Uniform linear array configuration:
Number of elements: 4
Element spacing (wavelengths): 0.5
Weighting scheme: cosine
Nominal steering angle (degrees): -60
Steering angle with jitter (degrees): -61.001
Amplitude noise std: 0.05
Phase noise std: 0.05

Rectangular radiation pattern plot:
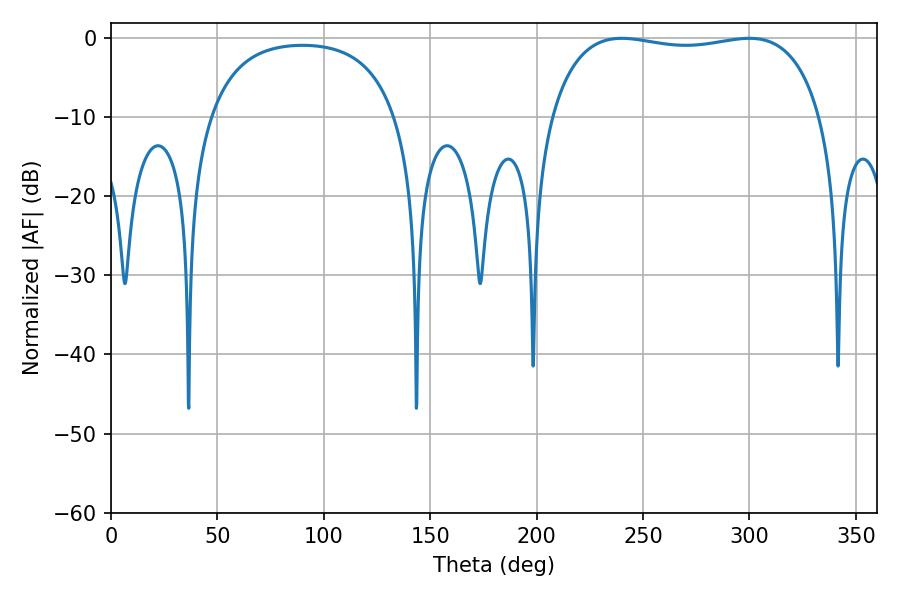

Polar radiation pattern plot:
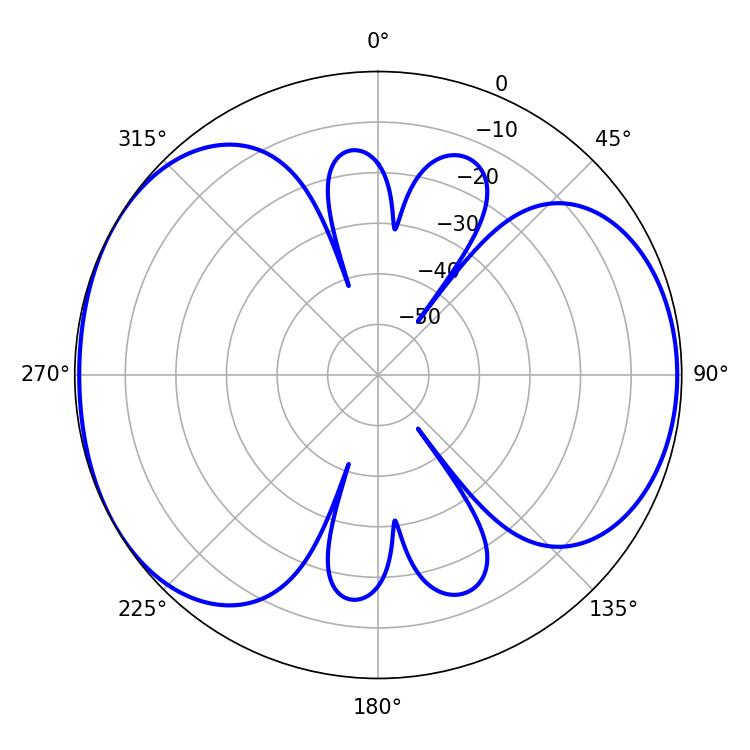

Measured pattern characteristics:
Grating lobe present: FALSE
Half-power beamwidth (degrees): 102.6
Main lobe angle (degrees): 239.94